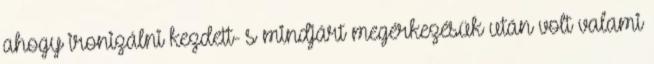
ahogy ironizálni kezdett- s mindjárt megérkezésük után volt valami